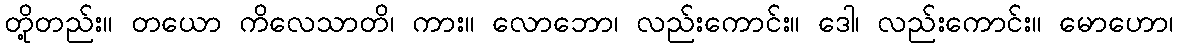
တို့တည်း။ တယော ကိလေသာတိ၊ ကား။ လောဘော၊ လည်းကောင်း။ ဒေါ၊ လည်းကောင်း။ မောဟော၊